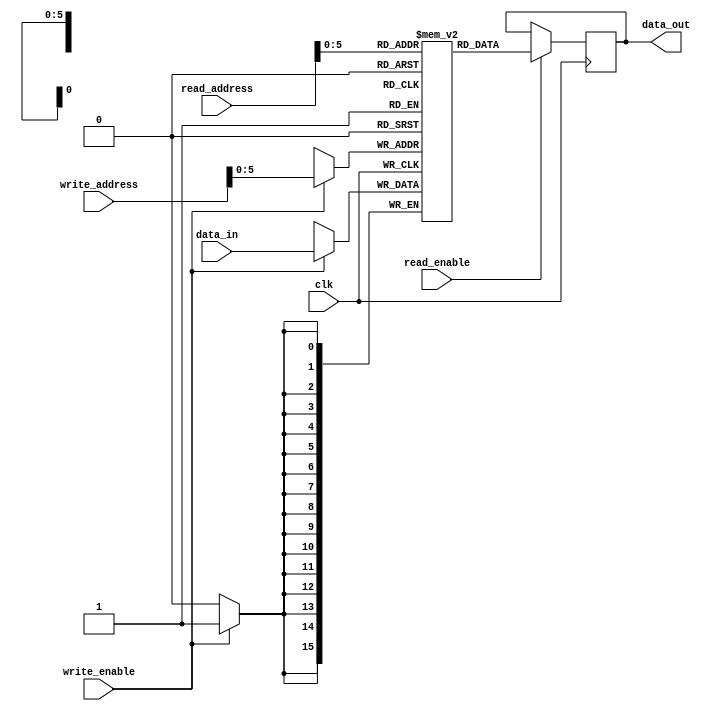
module dual_port_ram #(
  parameter N = 64,  // Number of words
  parameter M = 16   // Number of bits per word
)(
  input wire clk,                 // Clock signal
  input wire read_enable,         // Read port enable signal
  input wire write_enable,        // Write port enable signal
  input wire [N-1:0] read_address, // Address for read port
  input wire [N-1:0] write_address, // Address for write port
  input wire [M-1:0] data_in,     // Data input for write port
  output reg [M-1:0] data_out     // Data output for read port
);

  reg [M-1:0] memory [N-1:0];

  always @(posedge clk) begin
    if (write_enable) begin
      memory[write_address] <= data_in;
    end
    if (read_enable) begin
      data_out <= memory[read_address];
    end
  end

endmodule